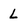
Character: L